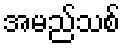
အမည်သစ်